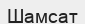
Шамсат